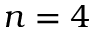
n = 4